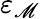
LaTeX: \varepsilon_{\mathscr{M}}